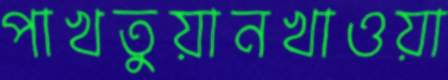
পাখতুয়ানখাওয়া